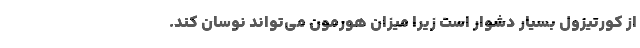
از کورتیزول بسیار دشوار است زیرا میزان هورمون می‌تواند نوسان کند.